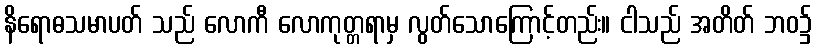
နိရောဓသမာပတ် သည် လောကီ လောကုတ္တရာမှ လွတ်သောကြောင့်တည်း။ ငါသည် အတိတ် ဘဝ၌